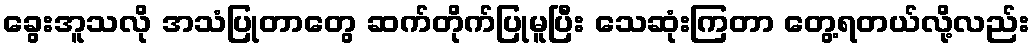
ခွေးအူသလို အသံပြုတာတွေ ဆက်တိုက်ပြုမူပြီး သေဆုံးကြတာ တွေ့ရတယ်လို့လည်း